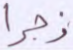
زجرا